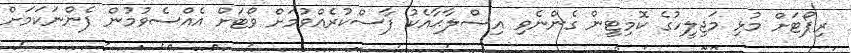
ރިޕޯޓަށް މުޅި މަޖިލީހުގެ ކޮމިޓީން ގެންނެވި އިޞްލާޙާއެކު ފާސްކުރެއްވުމަށް ވޯޓަށް އެއްސެވުމުން ފެންނަކަމަށް